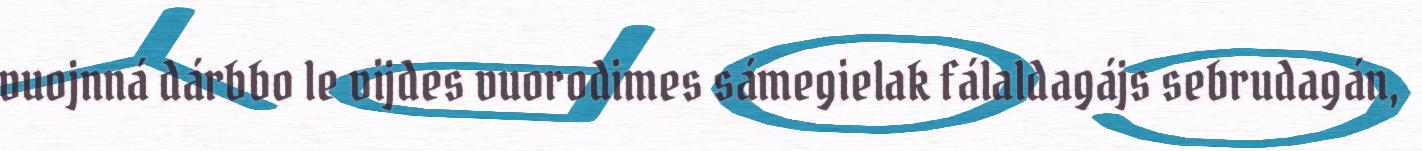
vuojnná dárbbo le vijdes vuorodimes sámegielak fálaldagájs sebrudagán,